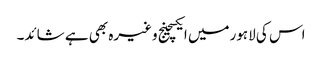
اس کی لاہورمیں ایکسچینج وغیرہ بھی ہے شائد۔